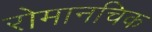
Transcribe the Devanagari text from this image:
रोमानचिक